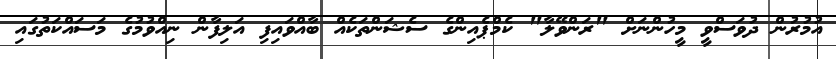
އުމުރުން ދުވަސްވީ މީހުންނަށް "ރަންވޭލާ" ކެމްޕެއިންގެ ސެޝަންތަކެއް ބާއްވައިފި އަލިފާން ނިއްވުމުގެ މަސައްކަތުގައި